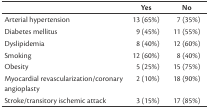
|  | Yes | No |
 | --- | --- | --- |
 | Arterial hypertension | 13 (65%) | 7 (35%) |
 | Diabetes mellitus | 9 (45%) | 11 (55%) |
 | Dyslipidemia | 8 (40%) | 12 (60%) |
 | Smoking | 12 (60%) | 8 (40%) |
 | Obesity | 5 (25%) | 15 (75%) |
 | Myocardial revascularization/coronary angioplasty | 2 (10%) | 18 (90%) |
 | Stroke/transitory ischemic attack | 3 (15%) | 17 (85%) |